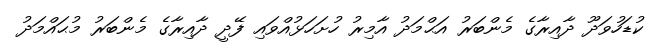
ކުޑަހުވަދޫ ދާއިރާގެ މެންބަރު އަޙްމަދު އާމިރު ހުށަހަޅުއްވައި ފޭދީ ދާއިރާގެ މެންބަރު މުޙައްމަދު